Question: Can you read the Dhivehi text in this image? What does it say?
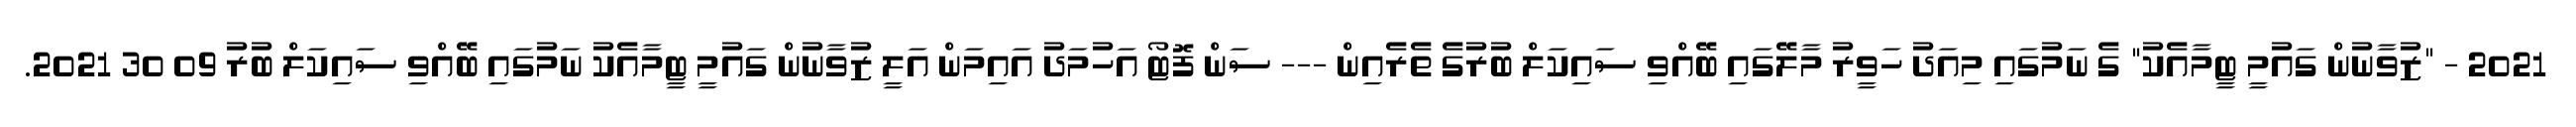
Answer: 2021 - "ޒުވާނުން ގައުމީ ޓީމާއެކު" ގެ ނަމުގައި މިއަދު ހަވީރު މާލޭގައި ބޭއްވި ސައިކަލް ބުރުގެ ތެރެއިން --- ސަން ފޮޓޯ އަހުމަދު އައިމަން އަލީ ޒުވާނުން ގައުމީ ޓީމާއެކު ނަމުގައި ބޭއްވި ސައިކަލް ބުރު 09 30 2021.